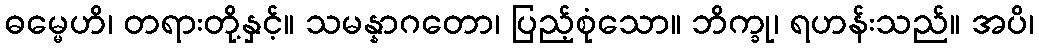
ဓမ္မေဟိ၊ တရားတို့နှင့်။ သမန္နာဂတော၊ ပြည့်စုံသော။ ဘိက္ခု၊ ရဟန်းသည်။ အပိ၊